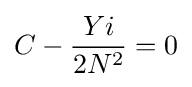
C-{\frac {Yi}{2{N^{2}}}}=0